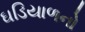
ઘડિયાળનો